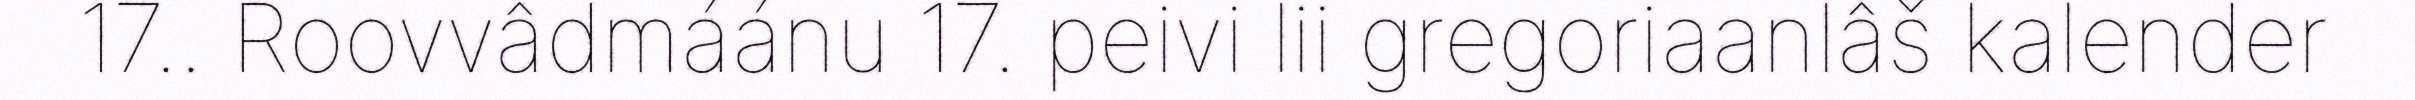
17.. Roovvâdmáánu 17. peivi lii gregoriaanlâš kalender